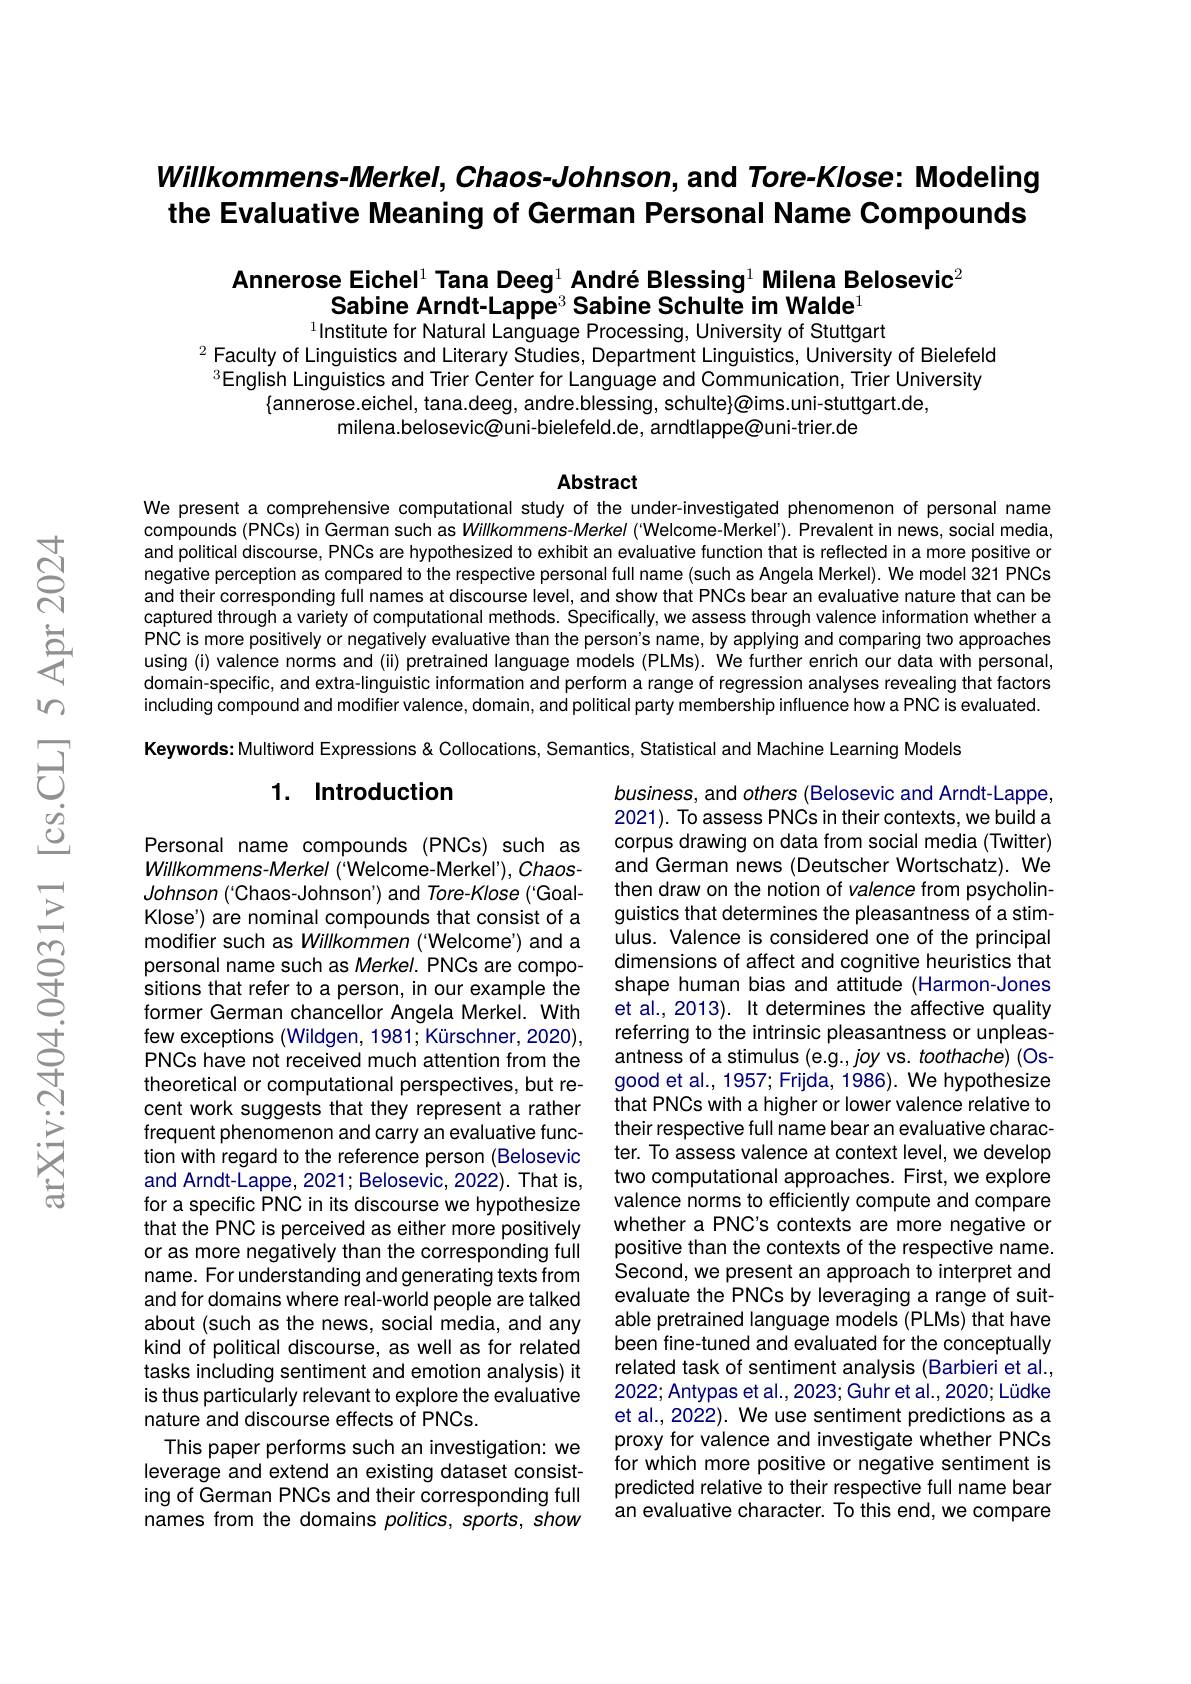
# Willkommens-Merkel, Chaos-Johnson, and Tore-Klose: Modeling the Evaluative Meaning of German Personal Name Compounds

## Annerose Eichel$^{1}$ Tana Deeg$^{1}\textbf{AndréBlessing}^{1}\textbf{Milena Belosevic}^{2}$ Sabine Arndt-Lappe$^3$ Sabine Schulte im Walde$^1$ $^{1}$Institute for Natural Language Processing, University of Stuttgart

$^{2}$ Faculty of Linguistics and Literary Studies, Department Linguistics, University of Bielefeld $^{3}$English Linguistics and Trier Center for Language and Communication, Trier University
$\{$annerose.eichel, tana.deeg, andre.blessing, schulte}@{ims.uni-stuttgart.de,}
milena.belosevic@uni-bielefeld.de, arndtlappe@uni-trier.de

## Abstract

We present a comprehensive computational study of the under-investigated phenomenon of personal name compounds (PNCs) in German such as Willkommens-Merkel ("Welcome-Merkel'). Prevalent in news, social media, and political discourse, PNCs are hypothesized to exhibit an evaluative function that is reflected in a more positive or negative perception as compared to the respective personal full name (such as Angela Merkel). We model 321 PNCs and their corresponding full names at discourse level, and show that PNCs bear an evaluative nature that can be captured through a variety of computational methods. Specifically, we assess through valence information whether a PNC is more positively or negatively evaluative than the person's name, by applying and comparing two approaches using (i) valence norms and (ii) pretrained language models (PLMs). We further enrich our data with personal, domain-specific, and extra-linguistic information and perform a range of regression analyses revealing that factors including compound and modifier valence, domain, and political party membership influence how a PNC is evaluated. Keywords: Multiword Expressions & Collocations, Semantics, Statistical and Machine Learning Models

## 1. Introduction

business, and others (Belosevic and Arndt-Lappe, 2021). To assess PNCs in their contexts, we build a corpus drawing on data from social media (Twitter) and German news (Deutscher Wortschatz). We then draw on the notion of valence from psycholinguistics that determines the pleasantness of a stimulus. Valence is considered one of the principal dimensions of affect and cognitive heuristics that shape human bias and attitude (Harmon-Jones et al., 2013). It determines the affective quality referring to the intrinsic pleasantness or unpleasantness of a stimulus (e.g., joy vs. toothache) (Osgood et al., 1957; Frijda, 1986). We hypothesize that PNCs with a higher or lower valence relative to their respective full name bear an evaluative character. To assess valence at context level, we develop two computational approaches. First, we explore valence norms to efficiently compute and compare whether a PNC's contexts are more negative or positive than the contexts of the respective name. Second, we present an approach to interpret and evaluate the PNCs by leveraging a range of suitable pretrained language models (PLMs) that have been fine-tuned and evaluated for the conceptually related task of sentiment analysis (Barbieri et al., 2022; Antypas et al., 2023; Guhr et al., 2020; Lüdke et al., 2022). We use sentiment predictions as a proxy for valence and investigate whether PNCs for which more positive or negative sentiment is predicted relative to their respective full name bear an evaluative character. To this end, we compare

Personal name compounds (PNCs) such as Willkommens- Merkel ( " Welcome- Merkel'), ChaosJohnson ( ' Chaos- Johnson') and Tore- Klose (' GoalKlose') are nominal compounds that consist of a modifier such as Willkommen ('Welcome') and a personal name such as Merkel. PNCs are compositions that refer to a person, in our example the former German chancellor Angela Merkei. With few exceptions (Wildgen, 1981; Kürschner, 2020), PNCs have not received much attention from the theoretical or computational perspectives, but recent work suggests that they represent a rather frequent phenomenon and carry an evaluative function with regard to the reference person (Belosevic and Arndt-Lappe, 2021; Belosevic, 2022). That is, for a specific PNC in its discourse we hypothesize that the PNC is perceived as either more positively or as more negatively than the corresponding full name. For understanding and generating texts from and for domains where real-world people are talked about (such as the news, social media, and any kind of political discourse, as well as for related tasks including sentiment and emotion analysis) it is thus particularly relevant to explore the evaluative nature and discourse effects of PNCs.
This paper performs such an investigation: we leverage and extend an existing dataset consisting of German PNCs and their corresponding full names from the domains politics, sports, show